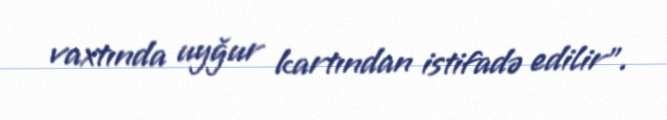
vaxtında uyğur kartından istifadə edilir".